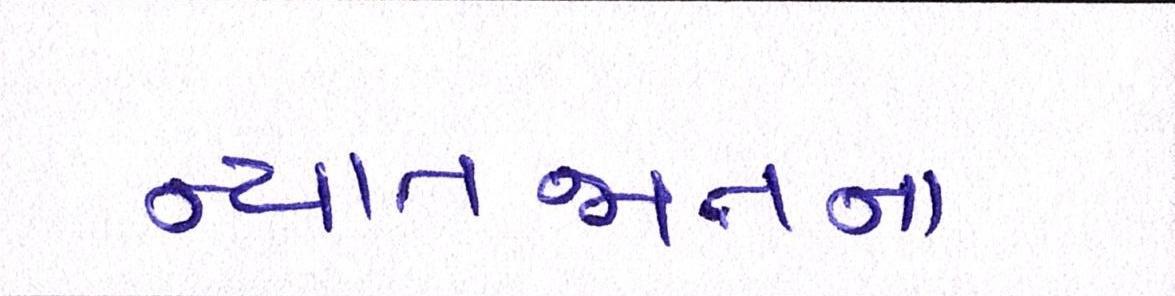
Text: ન્યાતજાતના